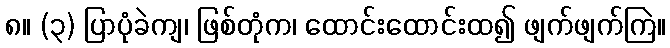
၈။ (၃) ပြာပုံခဲကျ၊ ဖြစ်တုံက၊ ထောင်းထောင်းထ၍ ဖျက်ဖျက်ကြဲ။